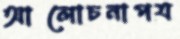
আলোচনাপত্র